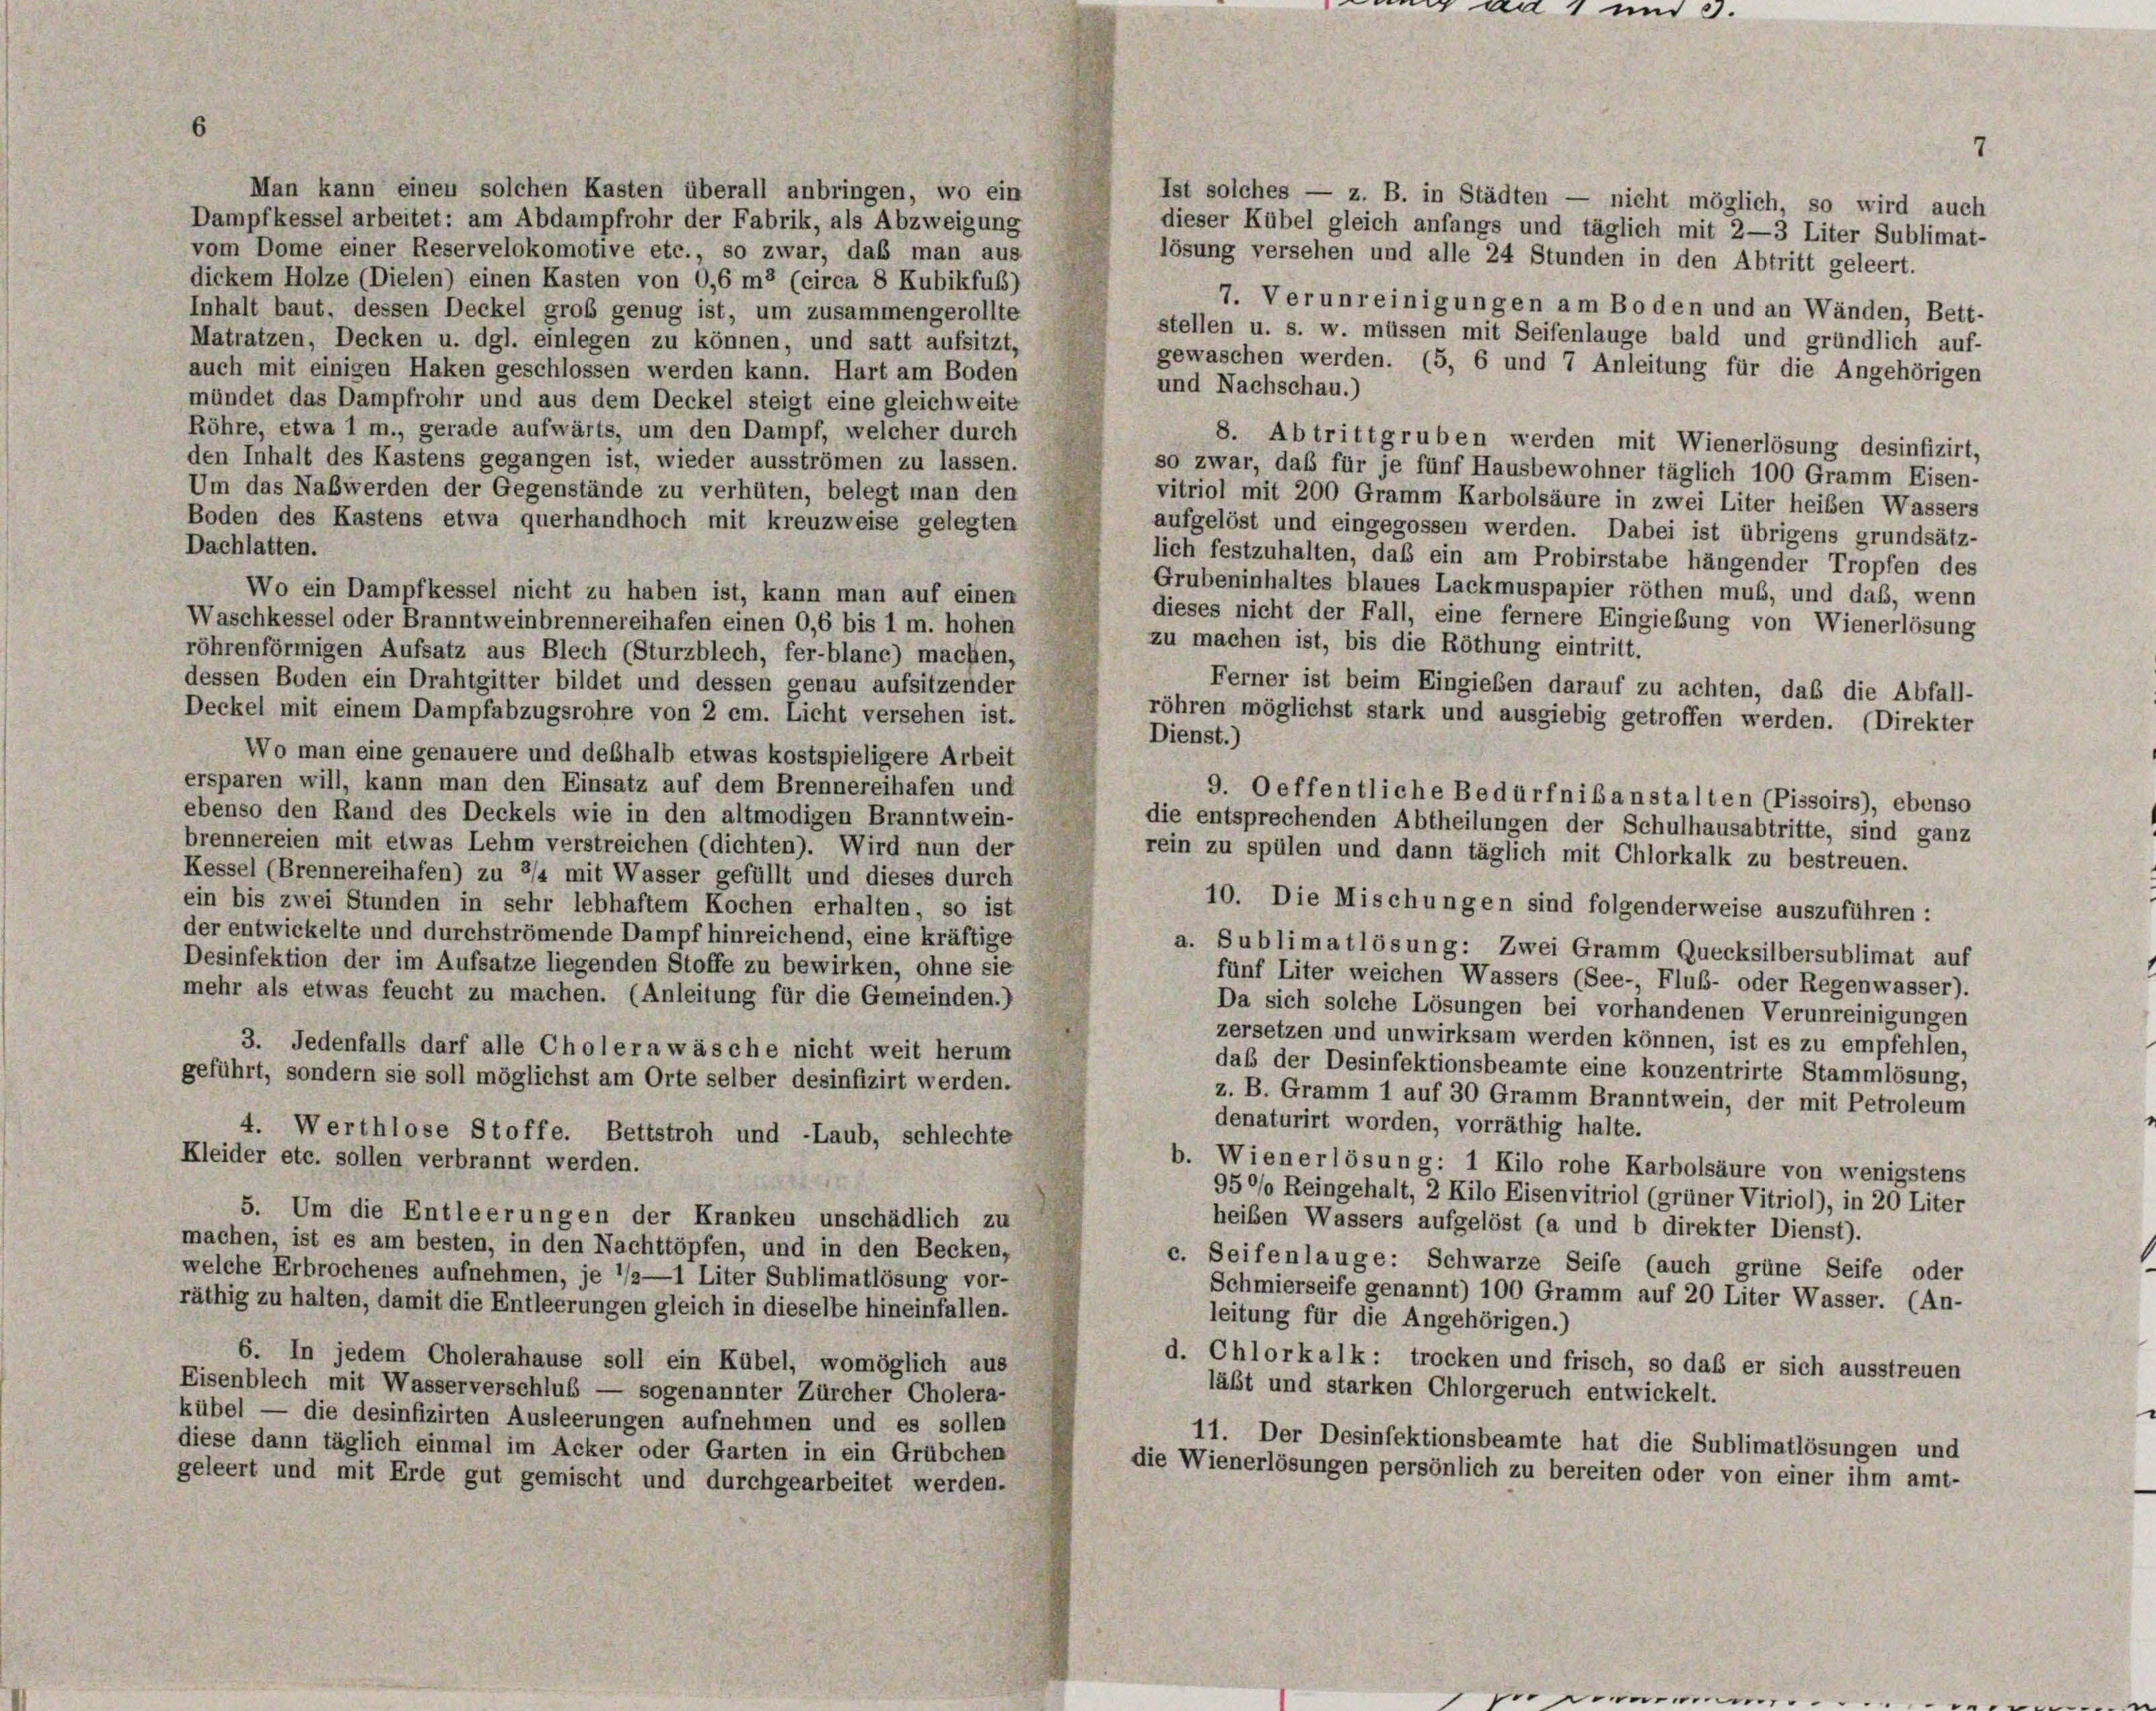
an 1 und

Man kann einen solchen Kasten überall anbringen, wo ein
Ist solches — z. B. in Städten — nicht möglich, so wird auch
Dampfkessel arbeitet: am Abdampfrohr der Fabrik, als Abzweigung
dieser Kübel gleich anfangs und täglich mit 2—3 Liter Sublimat-
vom Dome einer Reservelokomotive etc., so zwar, daß man aus
lösung versehen und alle 24 Stunden in den Abtritt geleert.
dickem Holze (Dielen) einen Kasten von 0,6 m8 (circa 8 Kubikfuß)
7. Verunreinigungen am Boden und an Wänden, Bett-
Inhalt baut, dessen Deckel groß genug ist, um zusammengerollte
stellen u. s. w. müssen mit Seifenlauge bald und gründlich auf-
Matratzen, Decken u. dgl. einlegen zu können, und satt aufsitzt,
gewaschen werden. (5, 6 und 7 Anleitung für die Angehörigen
auch mit einigen Haken geschlossen werden kann. Hart am Boden
und Nachschau.)
mündet das Dampfrohr und aus dem Deckel steigt eine gleichweite
Röhre, etwa 1 m., gerade aufwärts, um den Dampf, welcher durch
8. Abtrittgruben werden mit Wienerlösung desinfizirt,
den Inhalt des Kastens gegangen ist, wieder ausströmen zu lassen.
so zwar, daß für je fünf Hausbewohner täglich 100 Gramm Eisen-
Um das Naßwerden der Gegenstände zu verhüten, belegt man den
vitriol mit 200 Gramm Karbolsäure in zwei Liter heiben Wassers
Boden des Kastens etwa querhandhoch mit kreuzweise gelegten
aufgelöst und eingegossen werden. Dabei ist übrigens grundsätz-
Dachlatten.
lich festzuhalten, daß ein am Probirstabe hängender Tropfen des
Grubeninhaltes blaues Lackmuspapier röthen muß, und daß, wenn
Wo ein Dampfkessel nicht zu haben ist, kann man auf einen
dieses nicht der Fall, eine fernere Eingiebung von Wienerlösung
Waschkessel oder Branntweinbrennereihafen einen 0,6 bis 1 m. hohen
zu machen ist, bis die Röthung eintritt.
röhrenförmigen Aufsatz aus Blech (Sturzblech, fer-blanc) machen,
dessen Boden ein Drahtgitter bildet und dessen genau aufsitzender
Ferner ist beim Eingieben darauf zu achten, daß die Abfall-
Deckel mit einem Dampfabzugsrohre von 2 cm. Licht versehen ist.
röhren möglichst stark und ausgiebig getroffen werden. (Direkter
Dienst.)
Wo man eine genauere und deshalb etwas kostspieligere Arbeit
ersparen will, kann man den Einsatz auf dem Brennereihafen und
9. Oeffentliche Bedürfnibanstalten (Pissoirs), ebenso
ebenso den Rand des Deckels wie in den altmodigen Branntwein-
die entsprechenden Abtheilungen der Schulhausabtritte, sind ganz
brennereien mit etwas Lehm verstreichen (dichten). Wird nun der
rein zu spülen und dann täglich mit Chlorkalk zu bestreuen.
Kessel (Brennereihafen) zu 2/4 mit Wasser gefüllt und dieses durch
ein bis zwei Stunden in sehr lebhaftem Kochen erhalten, so ist
10. Die Mischungen sind folgenderweise auszuführen :
der entwickelte und durchströmende Dampf hinreichend, eine kräftige
a. Sublimatlösung: Zwei Gramm Quecksilbersublimat auf
Desinfektion der im Aufsatze liegenden Stoffe zu bewirken, ohne sie
fünf Liter weichen Wassers (See- Fluß- oder Regenwasser).
mehr als etwas feucht zu machen. (Anleitung für die Gemeinden.)
Da sich solche Lösungen bei vorhandenen Verunreinigungen
zersetzen und unwirksam werden können, ist es zu empfehlen,
3. Jedenfalls darf alle Cholera wäsche nicht weit herum
daß der Desinfektionsbeamte eine konzentrirte Stammlösung,
geführt, sondern sie soll möglichst am Orte selber desinfizirt werden.
z. B. Gramm 1 auf 30 Gramm Branntwein, der mit Petroleum
denaturirt worden, vorräthig halte.
4. Werthlose Stoffe. Bettstroh und -Laub, schlechte
Kleider etc. sollen verbrannt werden.
b. Wienerlösung: 1 Kilo rohe Karbolsäure von wenigstens
95°/o Reingehalt, 2 Kilo Eisenvitriol (grüner Vitriol), in 20 Liter
5. Um die Entleerungen der Kranken unschädlich zu
heiben Wassers aufgelöst (a und b direkter Dienst).
machen, ist es am besten, in den Nachttöpfen, und in den Becken,
c. Seifenlauge: Schwarze Seife (auch grüne Seife oder
welche Erbrochenes aufnehmen, je 1/2—1 Liter Sublimatlösung vor-
Schmierseife genannt) 100 Gramm auf 20 Liter Wasser. (An-
räthig zu halten, damit die Entleerungen gleich in dieselbe hineinfallen.
leitung für die Angehörigen.)
6. In jedem Cholerahause soll ein Kübel, womöglich aus
d. Chlorkalk: trocken und frisch, so daß er sich ausstreuen
Eisenblech mit Wasserverschluß — sogenannter Zürcher Cholera-
läßt und starken Chlorgeruch entwickelt.
kübel — die desinfizirten Ausleerungen aufnehmen und es sollen
11. Der Desinfektionsbeamte hat die Sublimatlösungen und
diese dann täglich einmal im Acker oder Garten in ein Grübchen
die Wienerlösungen persönlich zu bereiten oder von einer ihm amt-
geleert und mit Erde gut gemischt und durchgearbeitet werden.